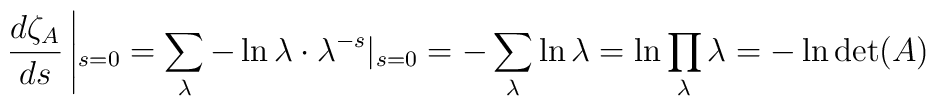
\frac{d\zeta_A}{ds}\left|_{s=0}             =\sum_{\lambda}-\ln\lambda\cdot\lambda^{-s}|_{s=0}                          =-\sum_\lambda \ln\lambda            =\ln\prod_\lambda\lambda=-\ln\det(A)\right.